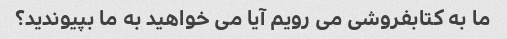
ما به کتابفروشی می رویم آیا می خواهید به ما بپیوندید؟